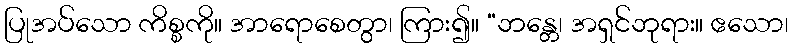
ပြုအပ်သော ကိစ္စကို။ အာရောစေတွာ၊ ကြား၍။ “ဘန္တေ၊ အရှင်ဘုရား။ ဧသော၊